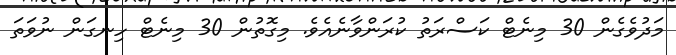
މަދުވެގެން 30 މިނެޓް ކަސްރަތު ކުރަންވާނެއެވެ. މިގޮތުން 30 މިނެޓް ހިނގަން ނުވަތަ